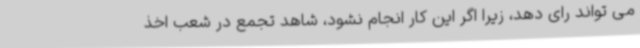
می تواند رای دهد، زیرا اگر این کار انجام نشود، شاهد تجمع در شعب اخذ